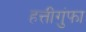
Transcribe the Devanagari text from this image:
हत्तीगुंफा